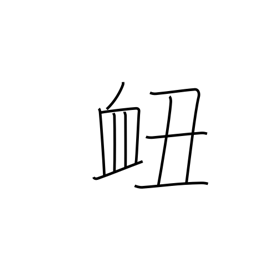
Meaning: nosebleed